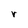
Character: r